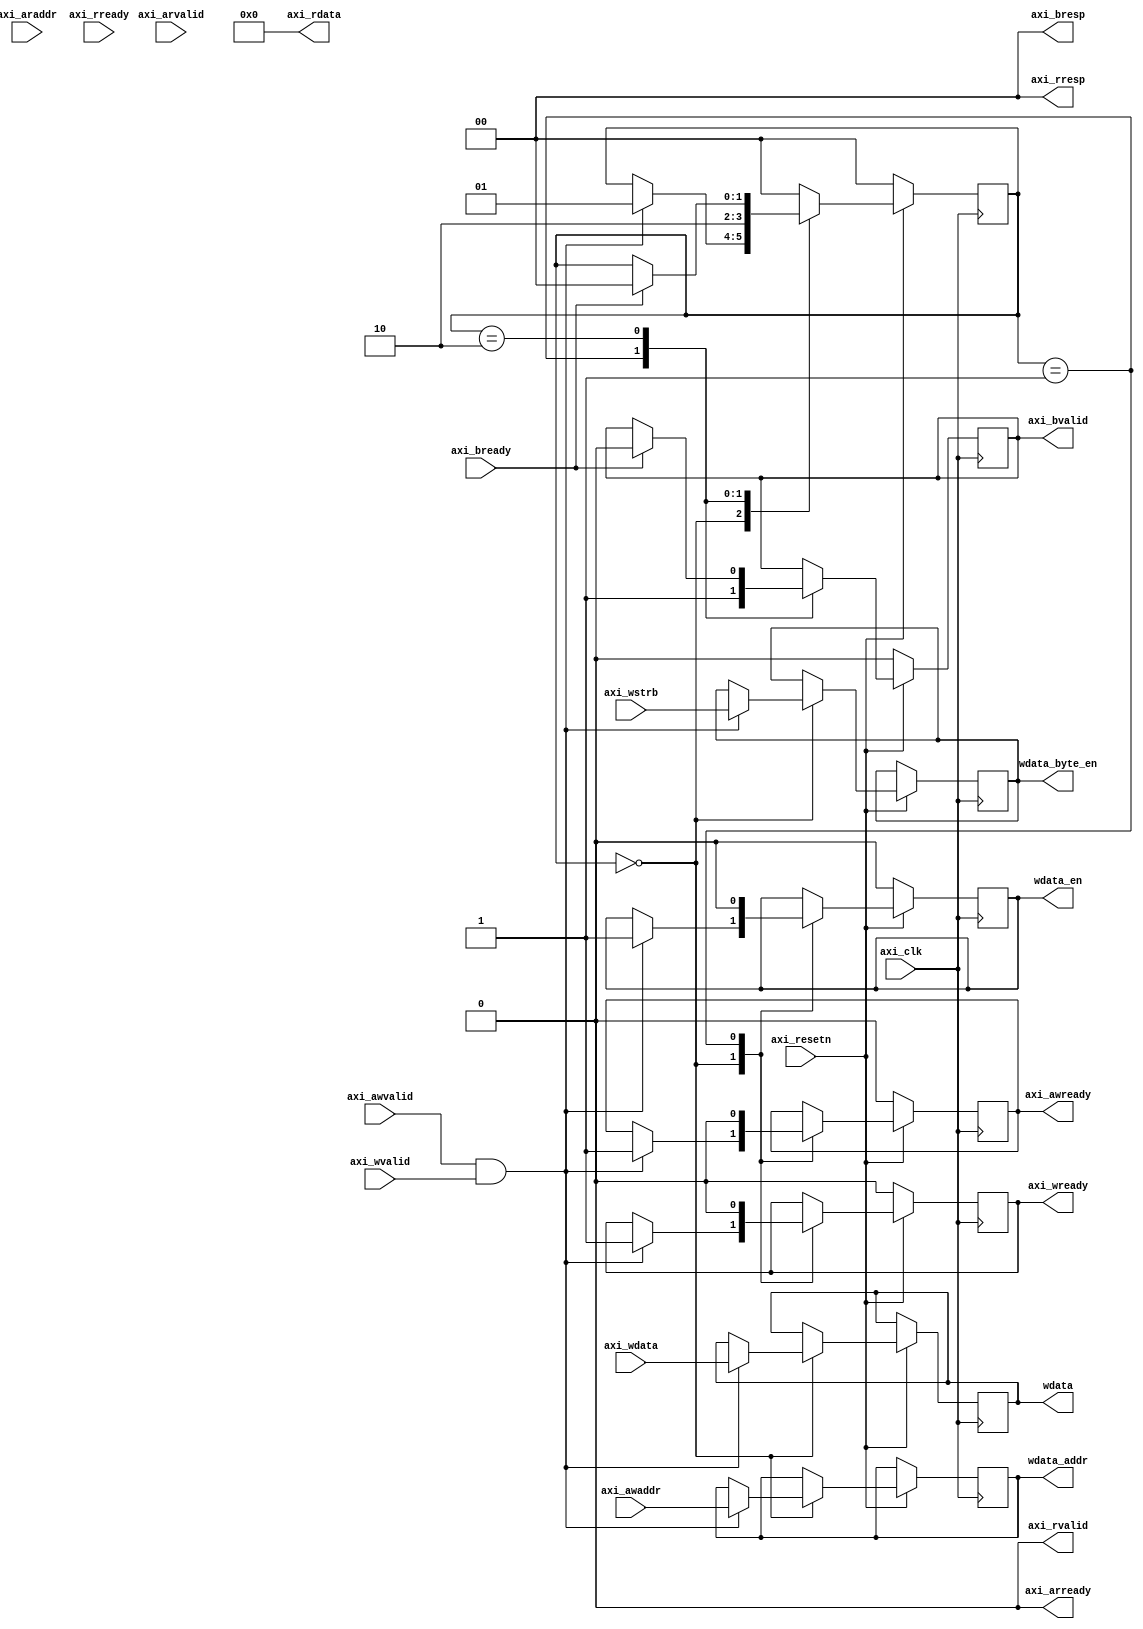
`timescale 1ns / 1ps
//////////////////////////////////////////////////////////////////////////////////
// Company: NJU
// 
// Design Name: 
// Module Name: uart
// Project Name: 
// Target Devices: 
// Tool Versions: 
// Description: 
// 
// Dependencies: 
// 
// Revision:
// Revision 0.01 - File Created
// Additional Comments:
// 
//////////////////////////////////////////////////////////////////////////////////

//posedge axiclk , axi reset is active low
module axilite_naive_bridge(
    input axi_clk,
    input axi_resetn,

	input [31:0] axi_awaddr,
	input [0:0] axi_awvalid,
	output reg [0:0] axi_awready,
	input [31:0] axi_wdata,
	input [3:0] axi_wstrb,
	input [0:0] axi_wvalid,
	output reg [0:0] axi_wready,
	output [1:0] axi_bresp,
	output reg [0:0] axi_bvalid,
	input [0:0] axi_bready,
	input [31:0] axi_araddr,
	input [0:0] axi_arvalid,
	output [0:0] axi_arready,
	output [31:0] axi_rdata,
	output [1:0] axi_rresp,
	output [0:0] axi_rvalid,
	input [0:0] axi_rready,

    output reg wdata_en,
    output reg [31:0] wdata_addr,
    output reg [31:0] wdata,
    output reg [3:0] wdata_byte_en
    );

    assign axi_arready = 1'b0;
    assign axi_rdata = 32'd0;
    assign axi_rresp = 2'b0;
    assign axi_rvalid = 1'b0;
    assign axi_bresp = 2'd0;

    reg [1:0] status;
    always @ (posedge axi_clk) begin
        if( axi_resetn == 1'b0 ) begin
            axi_awready <= 1'b0;
            axi_wready <= 1'b0;
            axi_bvalid <= 1'b0;
            status <= 0;
            wdata_en <= 1'b0;
        end
        else begin
            case(status)
            2'd0:   begin
                if( axi_awvalid & axi_wvalid ) begin
                    axi_awready <= 1'b1;
                    axi_wready <= 1'b1;
                    wdata <= axi_wdata;
                    wdata_addr <= axi_awaddr;
                    wdata_en <= 1'b1;
                    wdata_byte_en <= axi_wstrb;
                    status <= 2'd1;
                end
            end
            2'd1:   begin
                axi_awready <= 1'b0;
                axi_wready <= 1'b0;
                wdata_en <= 1'b0;
                axi_bvalid <= 1'b1;
                status <= 2'd2;
            end
            2'd2:   begin
                if(axi_bready) begin
                    axi_bvalid <= 1'b0;
                    status <= 2'd0;
                end
            end
            default:    status <= 2'd0;
            endcase
        end
    end

endmodule